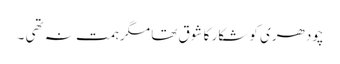
چودھری کو شکار کا شوق تھا مگر ہمت نہ تھی ۔